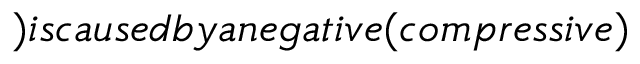
) i s c a u s e d b y a n e g a t i v e ( c o m p r e s s i v e )